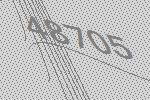
48705